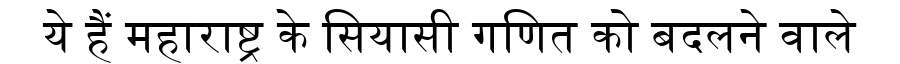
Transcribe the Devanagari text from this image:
ये हैं महाराष्ट्र के सियासी गणित को बदलने वाले